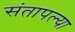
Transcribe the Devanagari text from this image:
संतापल्या